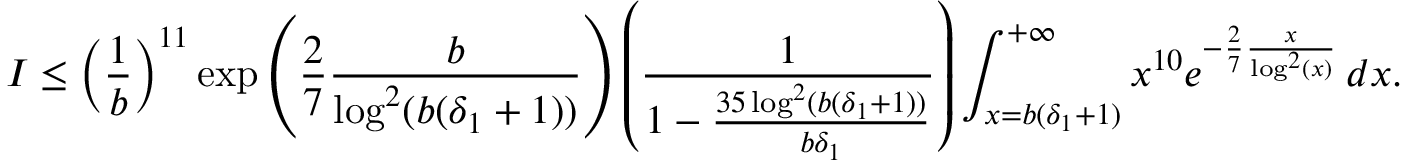
I \leq \left( \frac { 1 } { b } \right) ^ { 1 1 } \exp \left( \frac { 2 } { 7 } \frac { b } { \log ^ { 2 } ( b ( \delta _ { 1 } + 1 ) ) } \right) \left( \frac { 1 } { 1 - \frac { 3 5 \log ^ { 2 } ( b ( \delta _ { 1 } + 1 ) ) } { b \delta _ { 1 } } } \right) \int _ { x = b ( \delta _ { 1 } + 1 ) } ^ { + \infty } x ^ { 1 0 } e ^ { - \frac { 2 } { 7 } \frac { x } { \log ^ { 2 } ( x ) } } \, d x .